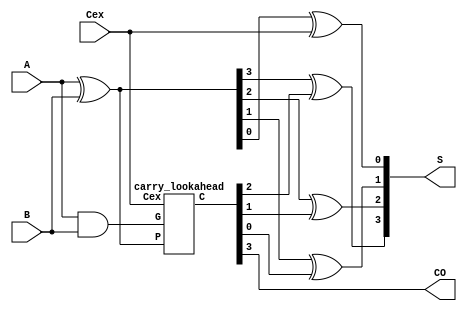
//P194__74HC283
module fulladder_4b(
	input [3:0] A,B,		//
	input Cex,				//
	output reg[3:0] S,	//
	output reg CO			//
);

	reg [3:0] P,G;		//
	wire [3:0] C;
	
	//
	carry_lookahead C1(
	.P(P),
	.G(G),
	.Cex(Cex),
	.C(C)
	);
	
	always@(*)begin
		P = A^B;		//P: A xor B
		G = A&B;		//G: A and B
		CO = C[3];
		S[3]=P[3]^C[2];
		S[2]=P[2]^C[1];
		S[1]=P[1]^C[0];
		S[0]=P[0]^Cex;
	end
endmodule


//
module carry_lookahead(
	input [3:0] P,G,	//P: A xor B
							//G: A and B
	input Cex,			//
	output reg[3:0] C	//
); 

	always@(*) begin	//
		C[0] = G[0] | (P[0] & Cex );
		C[1] = G[1] | (P[1] & C[0]);
		C[2] = G[2] | (P[2] & C[1]);
		C[3] = G[3] | (P[3] & C[2]);
	end
endmodule